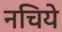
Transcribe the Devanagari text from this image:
नचिये